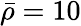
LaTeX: \bar{\rho}=10